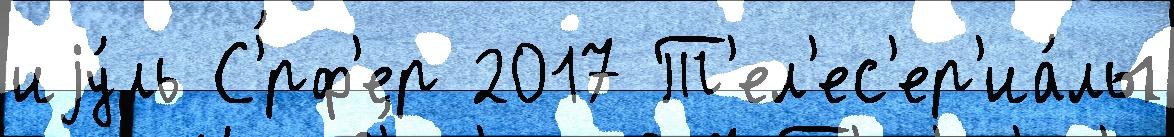
иjу́ль С'́рф'ер 2017 Т'ел'ес'ер'иа́лы